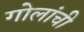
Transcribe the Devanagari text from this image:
गोलांची